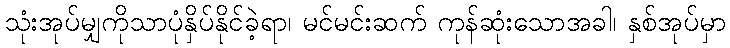
သုံးအုပ်မျှကိုသာပုံနှိပ်နိုင်ခဲ့ရာ၊ မင်မင်းဆက် ကုန်ဆုံးသောအခါ၊ နှစ်အုပ်မှာ